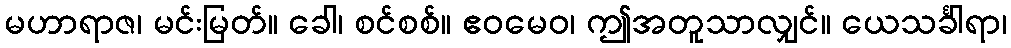
မဟာရာဇ၊ မင်းမြတ်။ ခေါ၊ စင်စစ်။ ဧဝမေဝ၊ ဤအတူသာလျှင်။ ယေသင်္ခါရာ၊